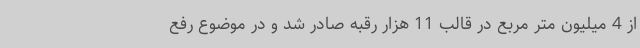
از 4 میلیون متر مربع در قالب 11 هزار رقبه صادر شد و در موضوع رفع